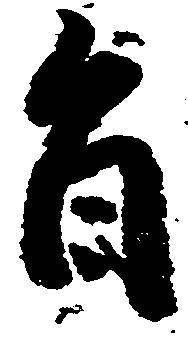
旨